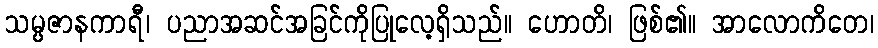
သမ္ပဇာနကာရီ၊ ပညာအဆင်အခြင်ကိုပြုလေ့ရှိသည်။ ဟောတိ၊ ဖြစ်၏။ အာလောကိတေ၊